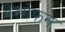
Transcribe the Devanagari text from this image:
वेखोफन